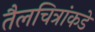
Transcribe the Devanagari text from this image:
तैलचित्रांकडे